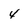
Character: 4